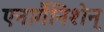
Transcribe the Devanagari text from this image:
एनार्गैनिशेन्